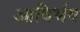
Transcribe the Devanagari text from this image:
आविर्भव